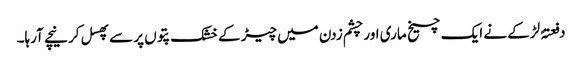
دفعتہً لڑکے نے ایک چیخ ماری اور چشم زدن میں چیڑ کے خشک پتوں پر سے پھسل کر نیچے آرہا۔